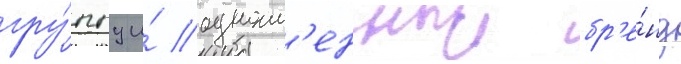
гру́ппу и́ одноим'енныи бр'е́нд